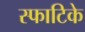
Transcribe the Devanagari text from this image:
स्फाटिके